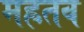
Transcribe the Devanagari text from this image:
मह्रतव